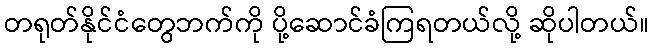
တရုတ်နိုင်ငံတွေဘက်ကို ပို့ဆောင်ခံကြရတယ်လို့ ဆိုပါတယ်။